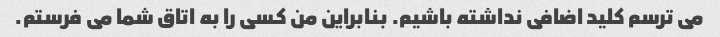
می ترسم کلید اضافی نداشته باشیم. بنابراین من کسی را به اتاق شما می فرستم.